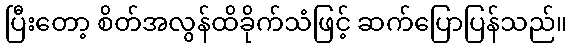
ပြီးတော့ စိတ်အလွန်ထိခိုက်သံဖြင့် ဆက်ပြောပြန်သည်။